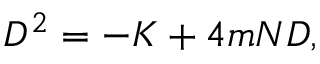
{ \cal D } ^ { 2 } = - K + 4 m { \cal N } { \cal D } ,